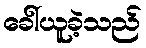
ခေါ်ယူခဲ့သည်